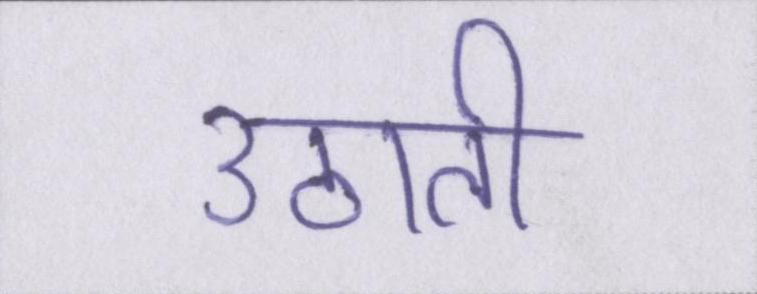
उठाती